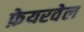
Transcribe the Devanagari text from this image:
फ़ेयरवेल